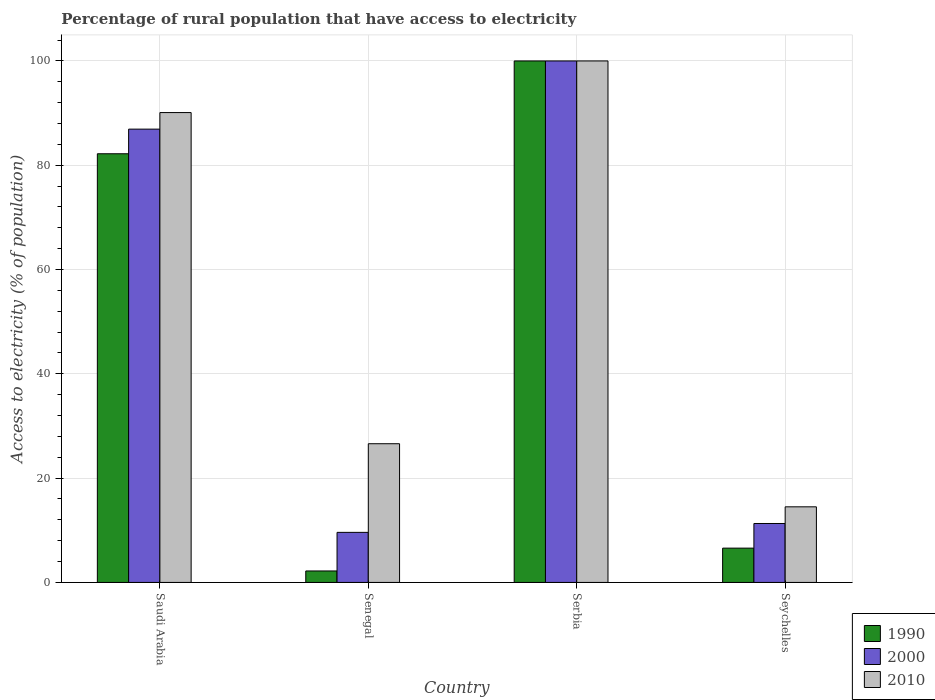
| Country | 1990 | 2000 | 2010 |
 | --- | --- | --- | --- |
 | Saudi Arabia | 82.2 | 86.9 | 90.1 |
 | Senegal | 2.2 | 9.6 | 26.6 |
 | Serbia | 100 | 100 | 100 |
 | Seychelles | 6.58 | 11.3 | 14.5 |